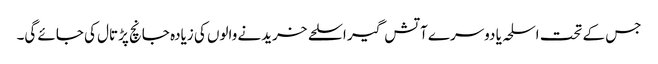
جس کے تحت اسلحہ یا دوسرے آتش گیر اسلحے خریدنے والوں کی زیادہ جانچ پڑتال کی جائے گی۔